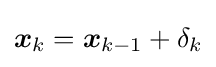
{\boldsymbol {x}}_{k}={\boldsymbol {x}}_{k-1}+\delta _{k}